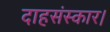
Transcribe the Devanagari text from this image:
दाहसंस्कार।